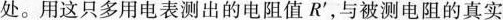
处。用这只多用电表测出的电阻值R^{\prime}，与被测电阻的真实